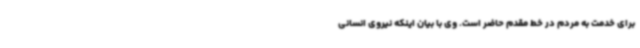
برای خدمت به مردم در خط مقدم حاضر است. وی با بیان اینکه نیروی انسانی